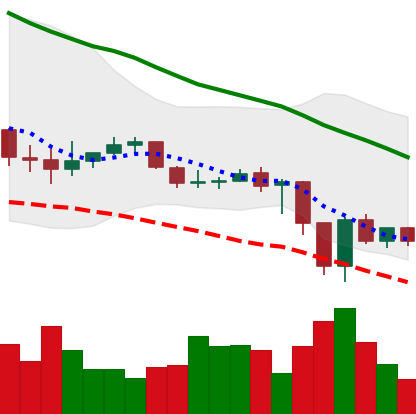
Ticker: ADA-USD
Chart end date: 2019-12-21
Forward return: 3.064%
Label: up_3_5